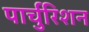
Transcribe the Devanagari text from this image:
पार्चुरिशन